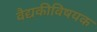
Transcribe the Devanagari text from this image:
वैद्यकीविषयक